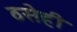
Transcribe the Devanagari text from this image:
ठसेही